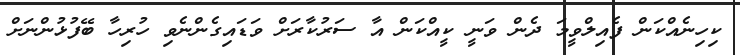
ކިހިނެއްކަން ފެއިލްވީމަ ދެން ވަނީ ކީއްކަން އާ ސަރުކާރަށް ވަޑައިގެންނެވި ހުރިހާ ބޭފުޅުންނަށް